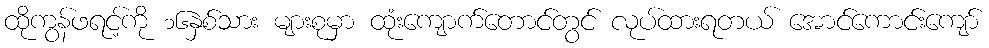
ထိုကွန်ဖရင့်ကို ၁၆နှစ်သား များစုမှာ ထုံးကျောက်တောင်တွင် လုပ်ထားရတယ် အောင်ကောင်းကျော်